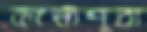
কালীপুরা